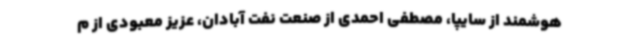
هوشمند از سایپا، مصطفی احمدی از صنعت نفت آبادان، عزیز معبودی از م